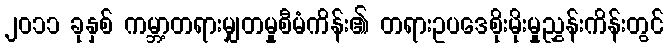
၂၀၁၁ ခုနှစ် ကမ္ဘာ့တရားမျှတမှုစီမံကိန်း၏ တရားဥပဒေစိုးမိုးမှုညွှန်းကိန်းတွင်